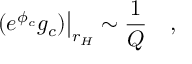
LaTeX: \left. ( e ^ { \phi _ { c } } g _ { c } ) \right| _ { r _ { H } } \sim { \frac { 1 } { Q } } \quad ,